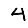
Digit: 4